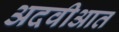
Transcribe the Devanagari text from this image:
अदवीआत